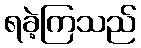
ရခဲ့ကြသည်